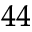
_ { 4 4 }